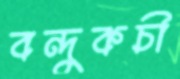
বন্দুকচী